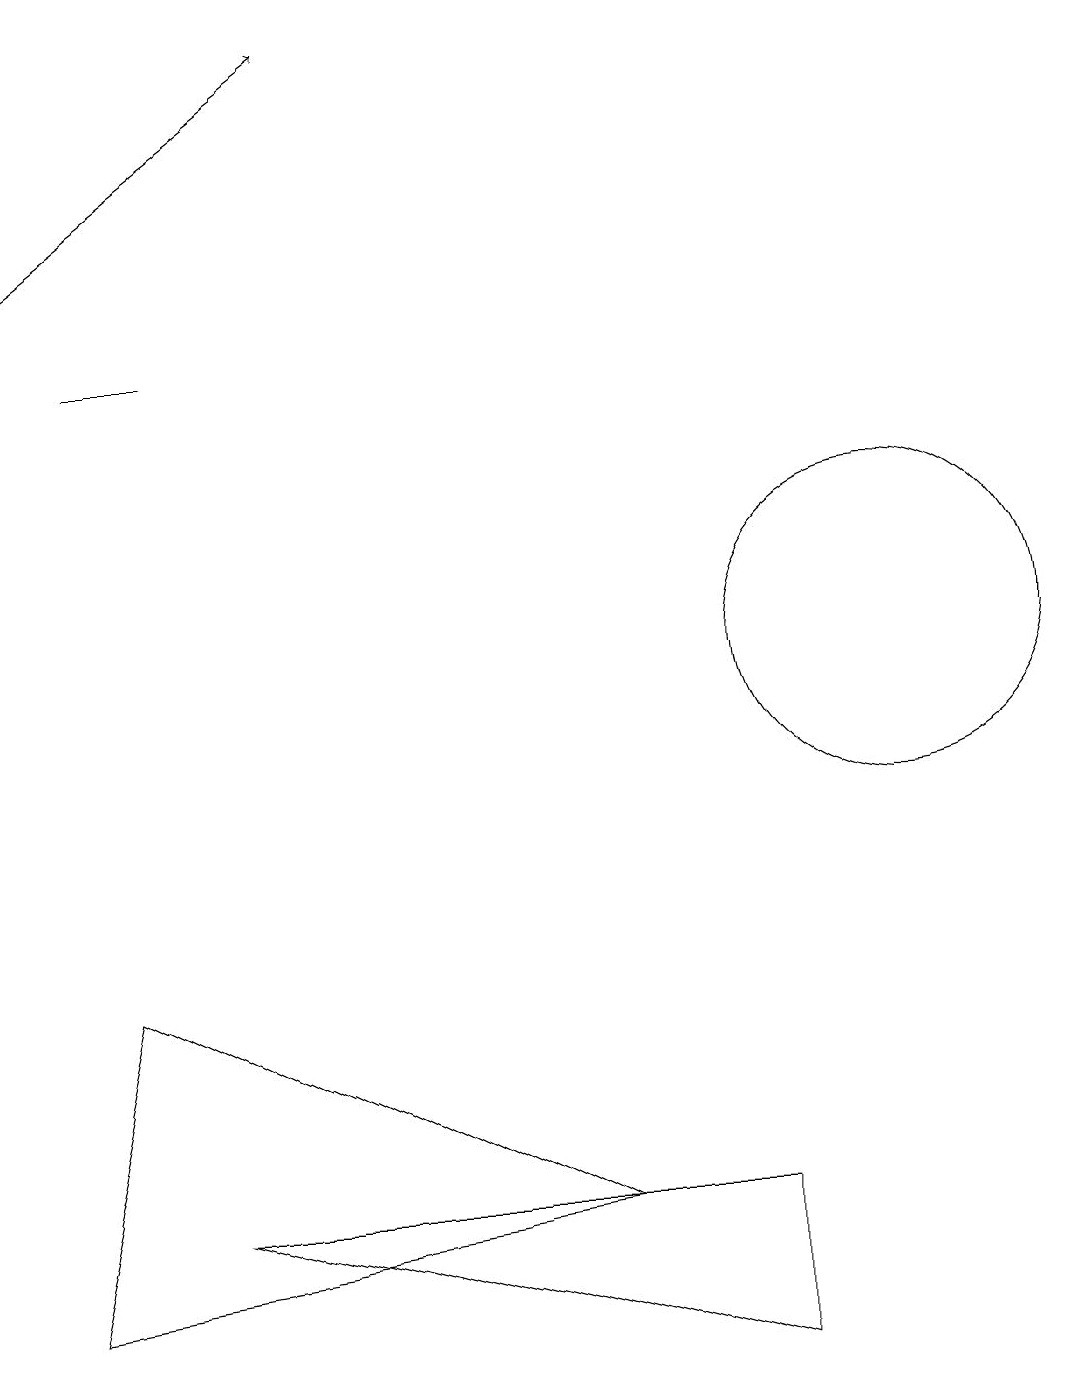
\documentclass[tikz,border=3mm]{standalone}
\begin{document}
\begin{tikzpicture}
\draw (2,3) -- (9,3) -- (9,1) -- cycle;
\draw (0,2) -- (7,3) -- (1,6) -- cycle;
\draw (11,10) circle (2);
\draw (2,14) rectangle (1,14);
\draw[->] (0,15) -- (4,18);
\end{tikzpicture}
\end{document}